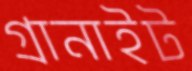
গ্রানাইট